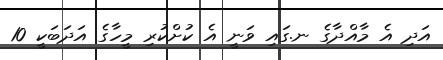
އަދި އެ މާއްދާގެ ނ.ގައި ވަނީ އެ ކުށްކުރި މީހާގެ އަދަބަކީ 10